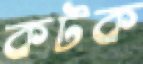
কটক